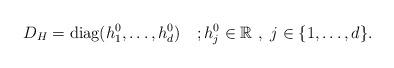
LaTeX: \begin{align*}D_{H} = \hbox{diag}(h^{0}_{1}, \dots, h^{0}_{d})\quad;h^{0}_{j}\in\mathbb{R} \ , \ j\in \{1,\dots, d\}.\end{align*}